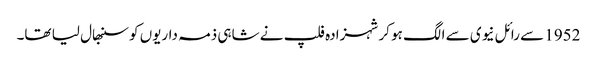
1952 سے رائل نیوی سے الگ ہو کر شہزادہ فلپ نے شاہی ذمہ داریوں کو سنبھال لیا تھا۔